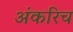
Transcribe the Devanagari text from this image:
अंकरिच